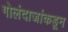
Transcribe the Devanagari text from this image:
गोलंदाजांकडून